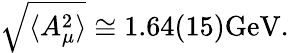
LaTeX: \sqrt{\langle A_{\mu}^{2}\rangle}\cong 1.64(15)\mathrm{GeV}.